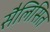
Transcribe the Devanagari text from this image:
सैलिसित